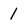
Character: 1